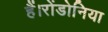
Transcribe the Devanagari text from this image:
हैं।रोंडोनिया